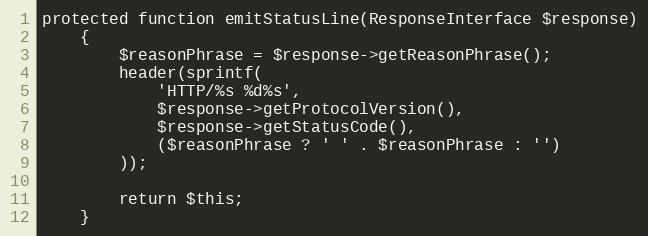
Language: PHP
protected function emitStatusLine(ResponseInterface $response)
    {
        $reasonPhrase = $response->getReasonPhrase();
        header(sprintf(
            'HTTP/%s %d%s',
            $response->getProtocolVersion(),
            $response->getStatusCode(),
            ($reasonPhrase ? ' ' . $reasonPhrase : '')
        ));

        return $this;
    }